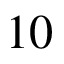
1 0